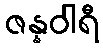
ဇန္နဝါရီ